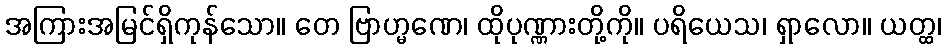
အကြားအမြင်ရှိကုန်သော။ တေ ဗြာဟ္မဏေ၊ ထိုပုဏ္ဏားတို့ကို။ ပရိယေသ၊ ရှာလော။ ယတ္ထ၊